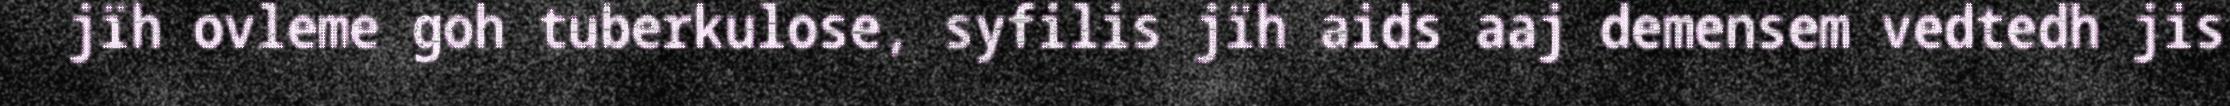
jïh ovleme goh tuberkulose, syfilis jïh aids aaj demensem vedtedh jis